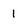
Character: 1